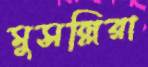
মুসল্লিরা